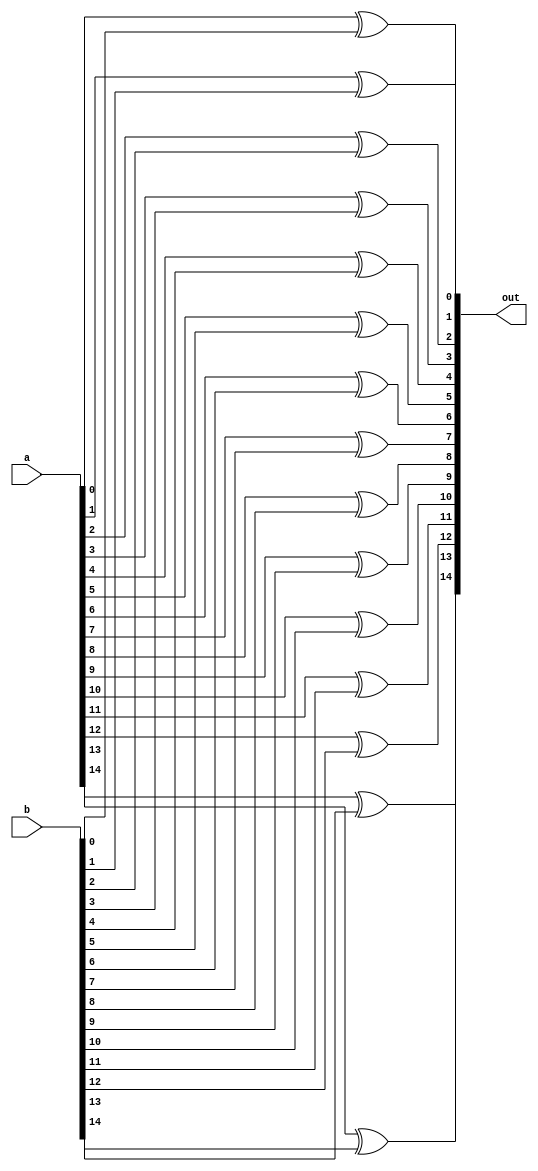
/**
 * This is written by Zhiyang Ong
 * for EE577b Extra Credit Homework , Question 2
 *
 * Behavioral model for the large XOR gate
 */
module large_xor (a,b,out);
	// Output vector
	output reg [14:0] out;
	
	
	// Input vector
	input [14:0] a;
	// Another input vector
	input [15:1] b;
	
	
	// Declare "reg" signals...
	//reg [3:0] in_bar;
	// Declare "wire" signals...
	// Defining constants: parameter [name_of_constant] = value;
	
	
	always @(*)
	begin
		out[0]=a[0]^b[1];
		out[1]=a[1]^b[2];
		out[2]=a[2]^b[3];
		out[3]=a[3]^b[4];
		out[4]=a[4]^b[5];
		out[5]=a[5]^b[6];
		out[6]=a[6]^b[7];
		out[7]=a[7]^b[8];
		out[8]=a[8]^b[9];
		out[9]=a[9]^b[10];
		out[10]=a[10]^b[11];
		out[11]=a[11]^b[12];
		out[12]=a[12]^b[13];
		out[13]=a[13]^b[14];
		out[14]=a[14]^b[15];
	end
	
	
endmodule












module parity_stripper (in,out);
	// Output vector
	output reg [10:0] out;
	
	
	// Input vector
	input [14:0] in;
	
	
	// Declare "reg" signals...
	//reg [3:0] in_bar;
	// Declare "wire" signals...
	// Defining constants: parameter [name_of_constant] = value;
	
	
	always @(*)
	begin
		out[0]=in[2];
		out[1]=in[4];
		out[2]=in[5];
		out[3]=in[6];
		out[4]=in[8];
		out[5]=in[9];
		out[6]=in[10];
		out[7]=in[11];
		out[8]=in[12];
		out[9]=in[13];
		out[10]=in[14];
	end
	
	
endmodule